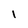
Character: 1